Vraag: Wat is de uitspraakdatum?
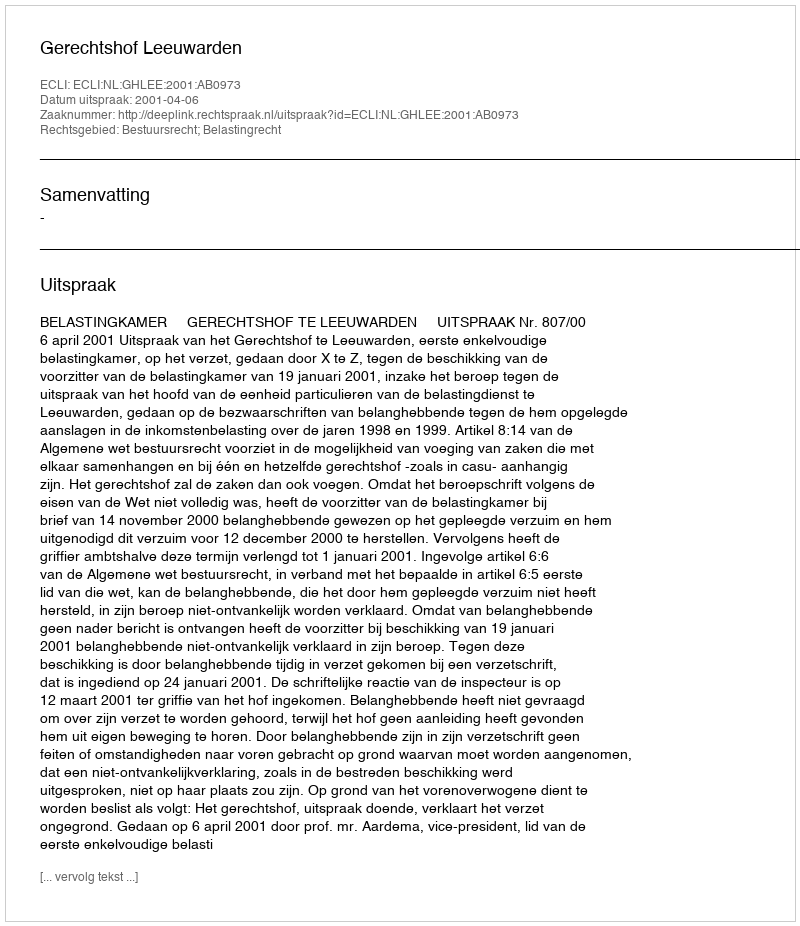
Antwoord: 2001-04-06